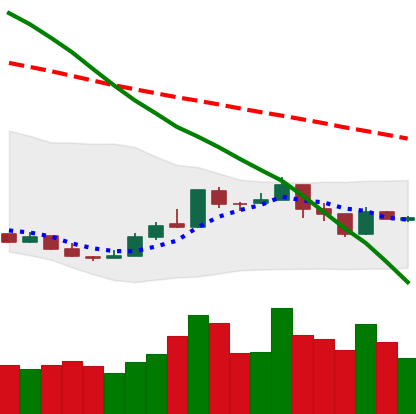
Ticker: XMR-USD
Chart end date: 2018-12-30
Forward return: 4.686%
Label: up_3_5